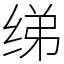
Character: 绨